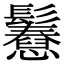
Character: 𩯲